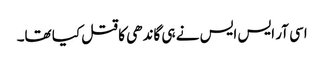
اسی آر ایس ایس نے ہی گاندھی کا قتل کیا تھا۔